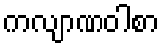
ကလျာဏဝါစာ